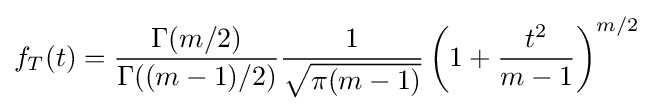
f_{T}(t)={\frac {\Gamma (m/2)}{\Gamma ((m-1)/2)}}{\frac {1}{\sqrt {\pi (m-1)}}}\left(1+{\frac {t^{2}}{m-1}}\right)^{m/2}